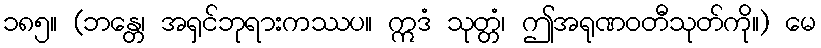
၁၈၅။ (ဘန္တေ၊ အရှင်ဘုရားကဿပ။ ဣဒံ သုတ္တံ၊ ဤအရုဏဝတီသုတ်ကို။) မေ